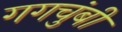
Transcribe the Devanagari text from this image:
गगचुंबी